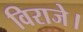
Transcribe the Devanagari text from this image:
विराजे।